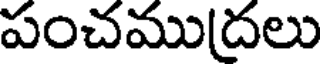
పంచము(దలు